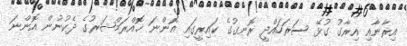
އިރާނާއި އިރާގު ގުޅޭ ސަރަހައްދީ ރޮނގުގެ ކައިރީގައި އޮންނަ ޚޮއްރަމްޝަރުގެ ދެކުނުން އޮންނަ